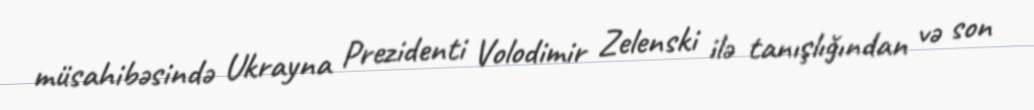
müsahibəsində Ukrayna Prezidenti Volodimir Zelenski ilə tanışlığından və son